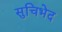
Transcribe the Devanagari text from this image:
सुचिभेद